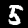
Digit: 5